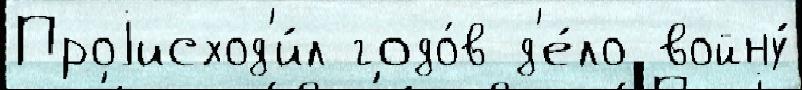
Проjисход'и́л годо́в д'е́ло войну́